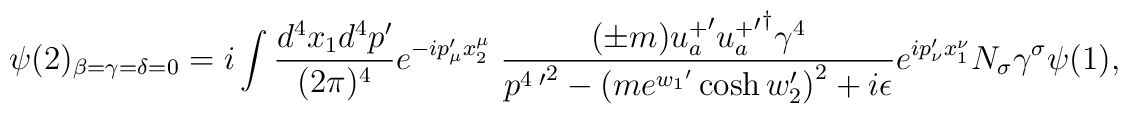
\psi(2)_{\beta = \gamma = \delta = 0} = i\int \frac{d^4 x_{1} d^4 p^{\prime} }{(2 \pi)^4} e^{-ip_{\mu}^{\prime}x_{2}^{\mu}} \; \frac{ (\pm m) {u_{a}^{+}}^{\prime} {{u_{a}^{+}}^{\prime}}^{\dagger}  \gamma^{4}}{{p^{4 \; \prime}}^2-{(m e^{{w_{1}}^{\prime}} \cosh w_{2}^{\prime})}^2  + i\epsilon} e^{ip_{\nu}^{\prime}x_{1}^{\nu}}  N_{\sigma} \gamma^{\sigma} \psi(1),